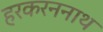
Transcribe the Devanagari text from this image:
हरकरननाथ